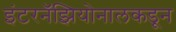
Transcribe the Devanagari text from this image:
इंटरनॅझियोनालकडून